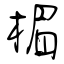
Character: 楣